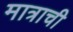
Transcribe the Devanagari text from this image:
मात्राची